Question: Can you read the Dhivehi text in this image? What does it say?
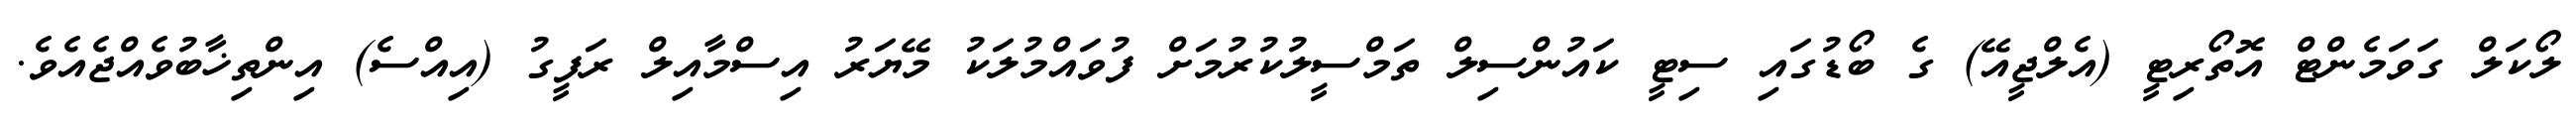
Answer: ލޯކަލް ގަވަމެންޓް އޮތޯރިޓީ (އެލްޖީއޭ) ގެ ބޯޑުގައި ސިޓީ ކައުންސިލް ތަމްސީލުކުރުމަށް ފުވައްމުލަކު މޭޔަރު އިސްމާއިލް ރަފީގު (އިއްސެ) އިންތިޚާބުވެއްޖެއެވެ.